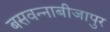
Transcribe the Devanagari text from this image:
बसवन्नाबीजापुर